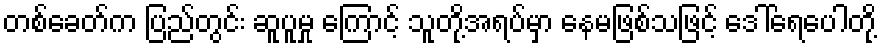
တစ်ခေတ်က ပြည်တွင်း ဆူပူမှု ကြောင့် သူတို့အရပ်မှာ နေမဖြစ်သဖြင့် ဒေါ်ရေပေါတို့